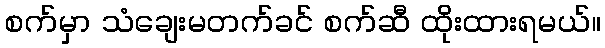
စက်မှာ သံချေးမတက်ခင် စက်ဆီ ထိုးထားရမယ်။